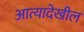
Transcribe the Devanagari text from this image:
आत्यादेखील